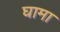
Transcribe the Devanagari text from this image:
घामा